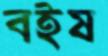
বইষ